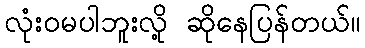
လုံးဝမပါဘူးလို့ ဆိုနေပြန်တယ်။